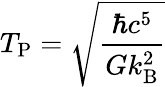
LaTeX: T_{\mathrm{P}}={\sqrt{\frac{\hbar c^{5}}{Gk_{\mathrm{B}}^{2}}}}